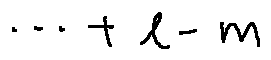
\cdots + l - m